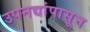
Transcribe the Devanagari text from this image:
उपनद्यांपासून